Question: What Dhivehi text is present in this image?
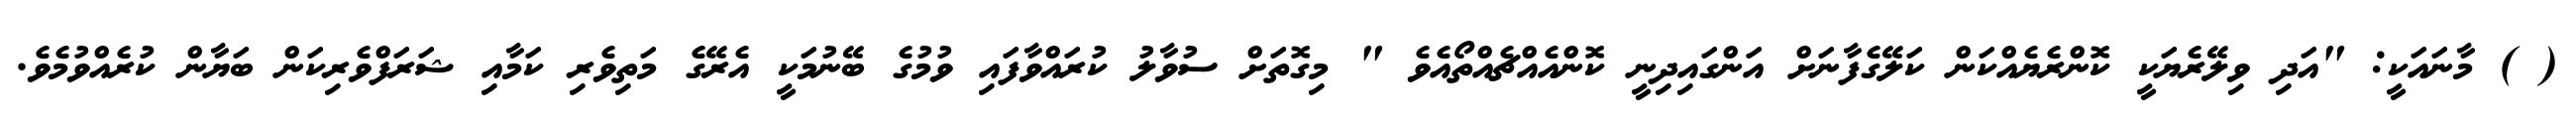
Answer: ( ) މާނައަކީ: "އަދި ވިލޭރެޔަކީ ކޮންރެޔެއްކަން ކަލޭގެފާނަށް އަންގައިދިނީ ކޮންއެއްޗެއްތޯއެވެ " މިގޮތަށް ސުވާލު ކުރައްވާފައި ވުމުގެ ބޭނުމަކީ އެރޭގެ މަތިވެރި ކަމާއި ޝަރަފްވެރިކަން ބަޔާން ކުރެއްވުމެވެ.